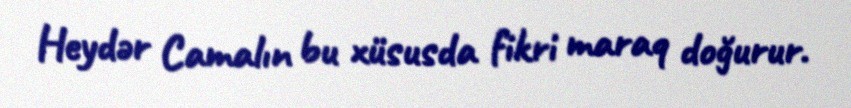
Heydər Camalın bu xüsusda fikri maraq doğurur.